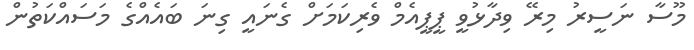
މޫސާ ނަސީރު މިރޭ ވިދާޅުވީ ޕީޕީއެމް ވެރިކަމަށް ގެނައީ ގިނަ ބައެއްގެ މަސައްކަތުން